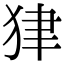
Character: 𤝽